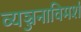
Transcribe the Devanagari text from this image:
व्यञ्जनाविमर्श